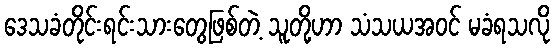
ဒေသခံတိုင်းရင်းသားတွေဖြစ်တဲ့ သူတို့ဟာ သံသယအဝင် မခံရသလို